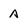
Character: A